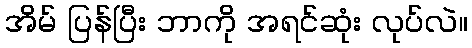
အိမ် ပြန်ပြီး ဘာကို အရင်ဆုံး လုပ်လဲ။